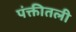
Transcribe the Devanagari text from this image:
पंक्तीतली